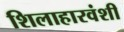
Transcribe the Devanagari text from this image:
शिलाहारवंशी